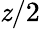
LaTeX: \mathit{z}/2